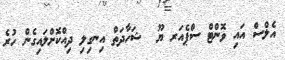
އެލްސް އައި ވޮންޓް ސްޕެއަރ ޔޫ  ޝަހާދަތް އިނގިލި ދިއްކޮށްލައިގެން ހުރެ